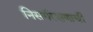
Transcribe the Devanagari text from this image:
निसर्गरक्षणाची